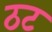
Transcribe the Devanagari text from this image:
ठट